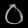
Digit: ၀